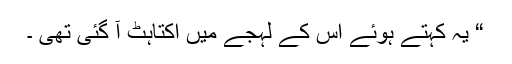
“ یہ کہتے ہوئے اس کے لہجے میں اکتاہٹ آ گئی تھی ۔